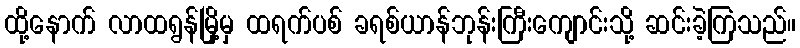
ထို့နောက် လာထရွန်မြို့မှ ထရက်ပစ် ခရစ်ယာန်ဘုန်းကြီးကျောင်းသို့ ဆင်းခဲ့ကြသည်။